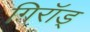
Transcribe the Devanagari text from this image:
गिरॉड्